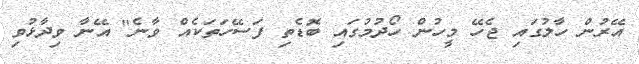
އޭރުން ހާލުގައި ޖެހޭ މީހުން ހޯދުމުގައި ބޮޑެތި ފަސޭހަތަކެއް ވާނެ" އޭނާ ވިދާޅުވި